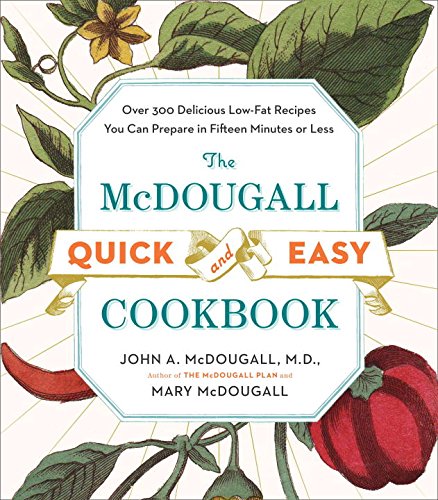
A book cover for The McDougall Quick and Easy Cookbook: Over 300 Delicious Low-Fat Recipes You Can Prepare in Fifteen Minutes or Less; John A. McDougall; Cookbooks, Food & Wine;